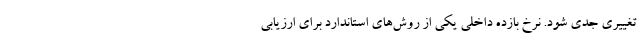
تغییری جدی شود. نرخ بازده داخلی یکی از روش‌های استاندارد برای ارزیابی